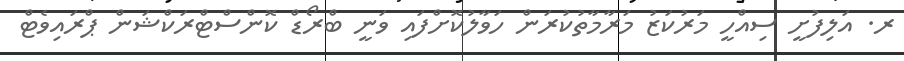
ރ. އަލިފުށީ ސިއްހީ މަރުކަޒު މަރާމާތުކުރަން ހަވާލުކޮށްފައި ވަނީ ބްރޯޑް ކޮންސްޓްރަކްޝަން ޕްރައިވެޓް